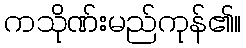
ကသိုဏ်းမည်ကုန်၏။